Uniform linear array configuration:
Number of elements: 12
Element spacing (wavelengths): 0.75
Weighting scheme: uniform
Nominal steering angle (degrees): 30
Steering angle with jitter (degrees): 29.776
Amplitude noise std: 0.05
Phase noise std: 0.05

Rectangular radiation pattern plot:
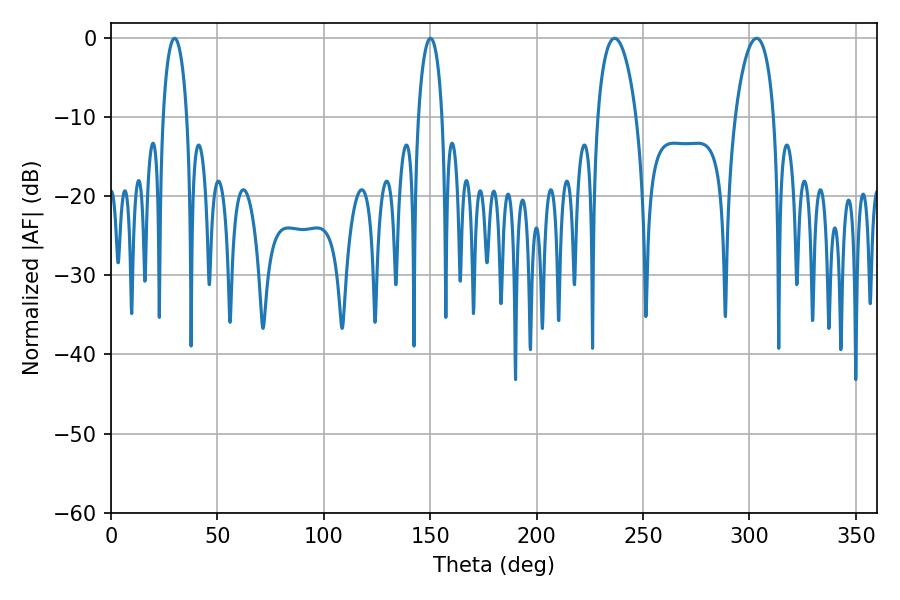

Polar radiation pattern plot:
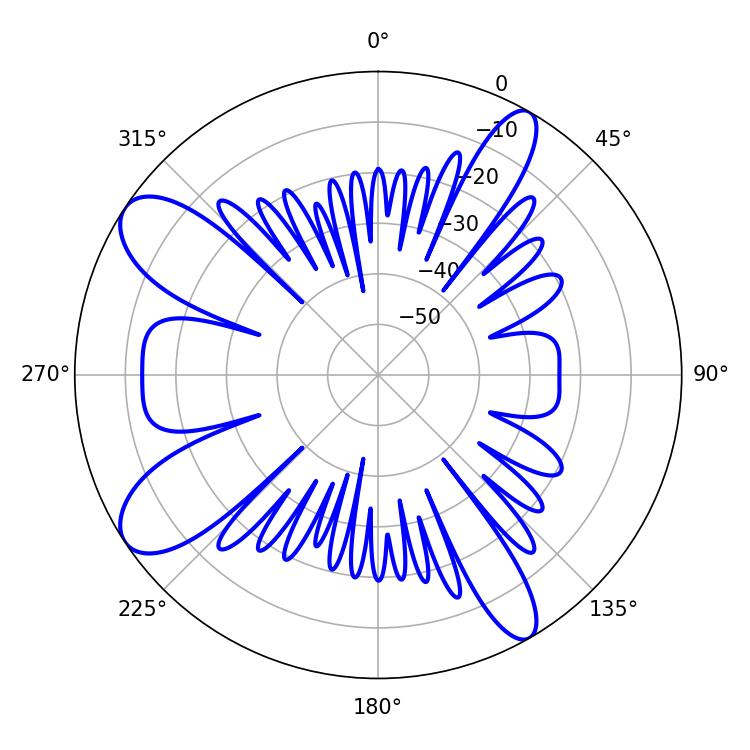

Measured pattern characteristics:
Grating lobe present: TRUE
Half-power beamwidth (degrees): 6.48
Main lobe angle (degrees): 29.88